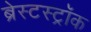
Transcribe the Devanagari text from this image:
ब्रेस्टस्ट्रॉक